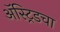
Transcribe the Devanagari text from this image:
ॲस्ट्रिडचा